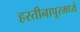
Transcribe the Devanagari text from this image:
हस्तीनापूरमध्ये